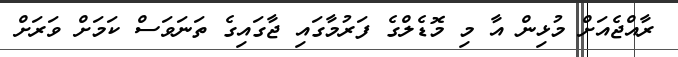
ރާއްޖެއަށް މުޅިން އާ މި މޮޑެލްގެ ފަރުމާގައި ޖާގައިގެ ތަނަވަސް ކަމަށް ވަރަށް